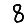
Digit: 8